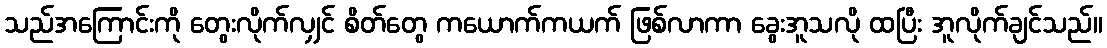
သည်အကြောင်းကို တွေးလိုက်လျှင် စိတ်တွေ ကယောက်ကယက် ဖြစ်လာကာ ခွေးအူသလို ထပြီး အူလိုက်ချင်သည်။